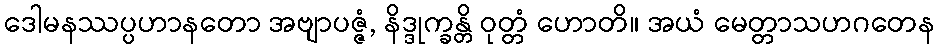
ဒေါမနဿပ္ပဟာနတော အဗျာပဇ္ဇံ, နိဒ္ဒုက္ခန္တိ ဝုတ္တံ ဟောတိ။ အယံ မေတ္တာသဟဂတေန